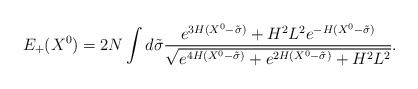
\begin{align*}E_+(X^0)=2N\int d\tilde{\sigma}\frac{e^{3H(X^0-\tilde{\sigma})}+H^2L^2e^{-H(X^0-\tilde{\sigma})}}{\sqrt{e^{4H(X^0-\tilde{\sigma})}+e^{2H(X^0-\tilde{\sigma})}+H^2L^2}}.\end{align*}